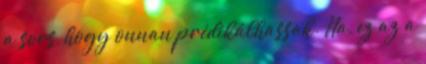
a sors, hogy onnan prédikálhassak. Na, ez az a